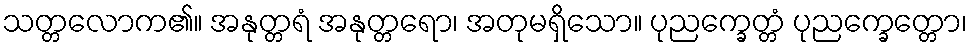
သတ္တလောက၏။ အနုတ္တရံ အနုတ္တရော၊ အတုမရှိသော။ ပုညက္ခေတ္တံ ပုညက္ခေတ္တော၊